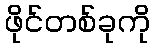
ဖိုင်တစ်ခုကို